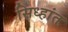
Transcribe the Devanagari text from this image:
सिध्हांत